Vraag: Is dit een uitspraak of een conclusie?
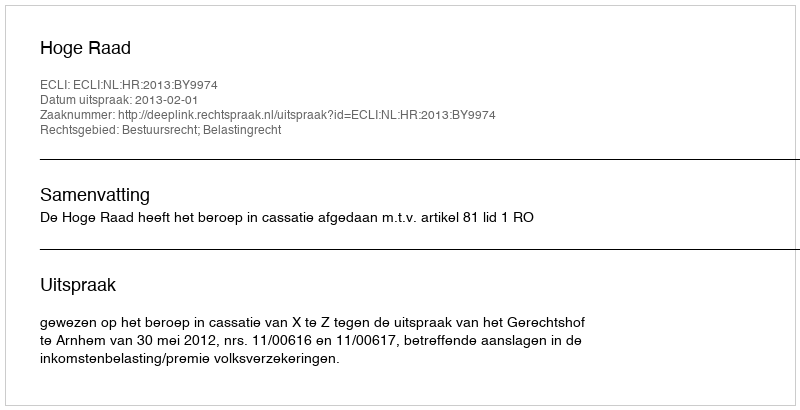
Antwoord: Uitspraak